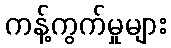
ကန့်ကွက်မှုများ